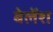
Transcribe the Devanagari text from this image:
बेलेंश